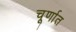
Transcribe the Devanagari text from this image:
चूर्णात